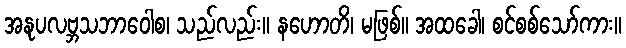
အနုပလဗ္ဘသဘာဝေါစ၊ သည်လည်း။ နဟောတိ၊ မဖြစ်။ အထခေါ၊ စင်စစ်သော်ကား။